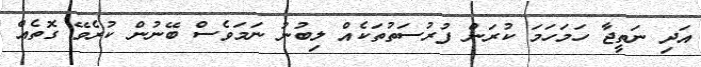
އަދި ނަތީޖާ ހަމަހަމަ ކުރަން ފުރުސަތުތަކެއް ލިބުނު ނަމަވެސް ބޭނުން ކުރެވޭ ގޮތެއް